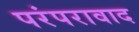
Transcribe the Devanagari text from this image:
परंपरावाद